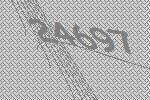
24697